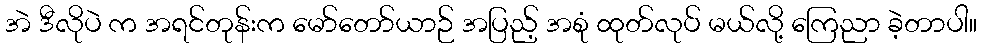
အဲ ဒီလိုပဲ က အရင်တုန်းက မော်တော်ယာဉ် အပြည့် အစုံ ထုတ်လုပ် မယ်လို့ ကြေညာ ခဲ့တာပါ။